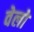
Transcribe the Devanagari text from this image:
वेलो